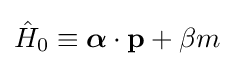
{\hat {H}}_{0}\equiv {\boldsymbol {\alpha }}\cdot \mathbf {p} +\beta m